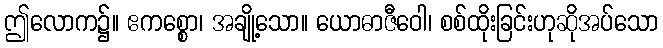
ဤလောက၌။ ဧကစ္စော၊ အချို့သော။ ယောဓာဇီဝေါ၊ စစ်ထိုးခြင်းဟုဆိုအပ်သော